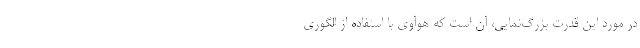
در مورد این قدرت بزرگ‌نمایی، آن است که هوآوی با استفاده از الگوری